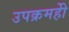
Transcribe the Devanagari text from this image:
उपक्रमहीे